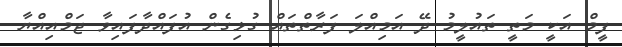
ފީމް އަކީ މަތީ ތައުލީމު ދޭ އަމިއްލަ ފަރާތްތައް ގުޅިގެން އުފައްދާފައިވާ ޖަމްއިއްޔާ